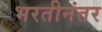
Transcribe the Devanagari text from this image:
भरतीनंतर